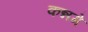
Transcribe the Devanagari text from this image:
कन्नगे